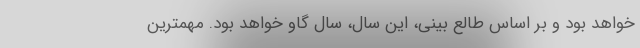
خواهد بود و بر اساس طالع بینی، این سال، سال گاو خواهد بود. مهمترین